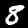
Label: 8